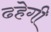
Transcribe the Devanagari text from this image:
ढहेगी